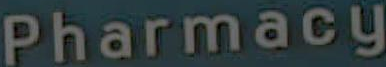
Pharmacy